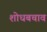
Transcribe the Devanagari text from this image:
शोधबचाव